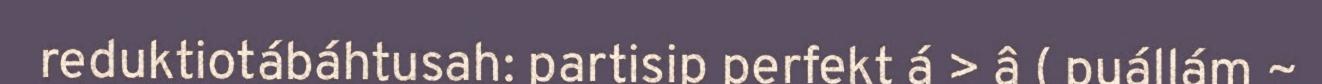
reduktiotábáhtusah: partisip perfekt á > â ( puállám ~